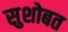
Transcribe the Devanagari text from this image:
सुशोबत